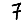
Digit: 7